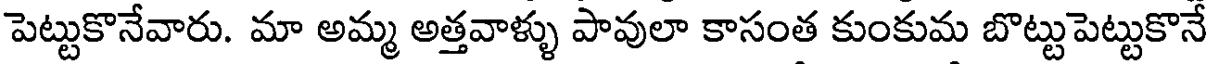
పెట్టుకొనేవారు. మా అమ్మ అత్తవాళ్ళు పావులా కాసంత కుంకుమ బొట్టుపెట్టుకొనే